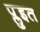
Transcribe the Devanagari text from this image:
प्लुइत